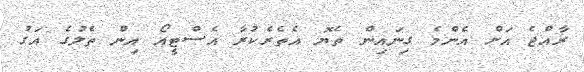
ރާއްޖެ އަށް އެންމެ ގިނައިން ތެޔޮ އެތެރެކުރާ އެސްޓީއޯ އިން ތެލުގެ އަގު